Annual report of the Imperial Bacteriological Laboratory, Muktesar
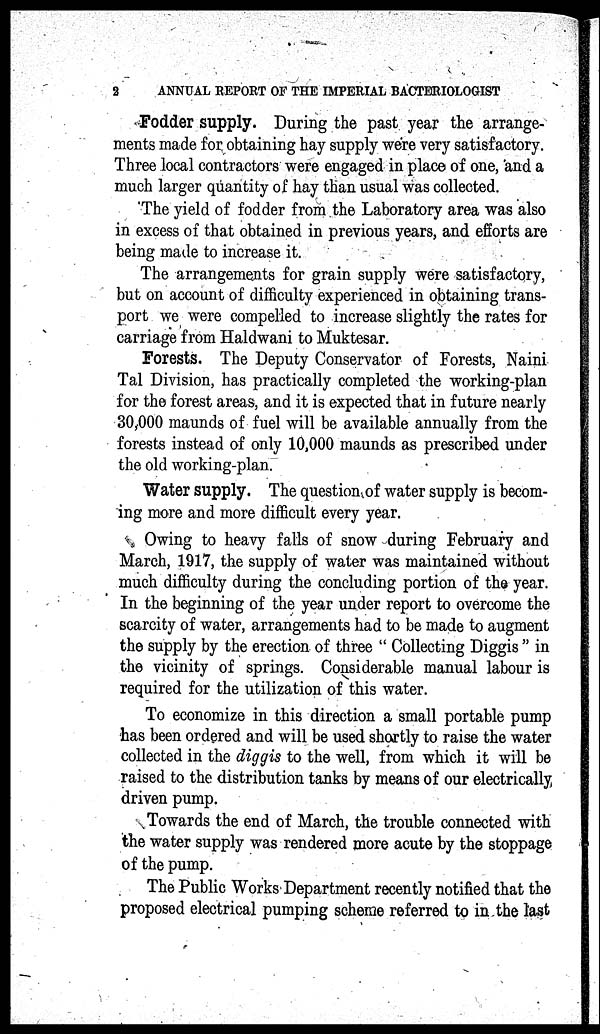
2
ANNUAL REPORT OF THE IMPERIAL BACTERIOLOGIST
Fodder supply. During the past year the arrange-
ments made for obtaining hay supply were very satisfactory.
Three local contractors were engaged in place of one, and a
much larger quantity of hay than usual was collected.
The yield of fodder from the Laboratory area was also
in excess of that obtained in previous years, and efforts are
being made to increase it.
The arrangements for grain supply were satisfactory,
but on account of difficulty experienced in obtaining trans-
port we were compelled to increase slightly the rates for
carriage from Haldwani to Muktesar.
Forests. The Deputy Conservator of Forests, Naini
Tal Division, has practically completed the working-plan
for the forest areas, and it is expected that in future nearly
30,000 maunds of fuel will be available annually from the
forests instead of only 10,000 maunds as prescribed under
the old working-plan.
Water supply. The question of water supply is becom-
ing more and more difficult every year.
Owing to heavy falls of snow during February and
March, 1917, the supply of water was maintained without
much difficulty during the concluding portion of the year.
In the beginning of the year under report to overcome the
scarcity of water, arrangements had to be made to augment
the supply by the erection of three " Collecting Diggis " in
the vicinity of springs. Considerable manual labour is
required for the utilization of this water.
To economize in this direction a small portable pump
has been ordered and will be used shortly to raise the water
collected in the diggis to the well, from which it will be
raised to the distribution tanks by means of our electrically
driven pump.
Towards the end of March, the trouble connected with
the water supply was rendered more acute by the stoppage
of the pump.
The Public Works Department recently notified that the
proposed electrical pumping scheme referred to in the last